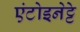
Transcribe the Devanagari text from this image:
एंटोइनेट्टे